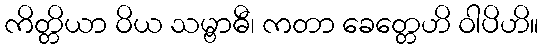
ကိတ္တိယာ ဝိယ သမ္ဗာဓီ၊ ကတာ ခေတ္တေဟိ ဝါပိဟိ။